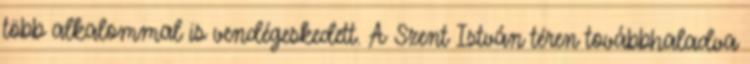
több alkalommal is vendégeskedett. A Szent István téren továbbhaladva